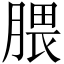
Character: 腲